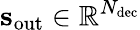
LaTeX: \mathbf{s}_{\mathrm{out}}\in\mathbb{R}^{N_{\mathrm{dec}}}